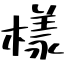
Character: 樣